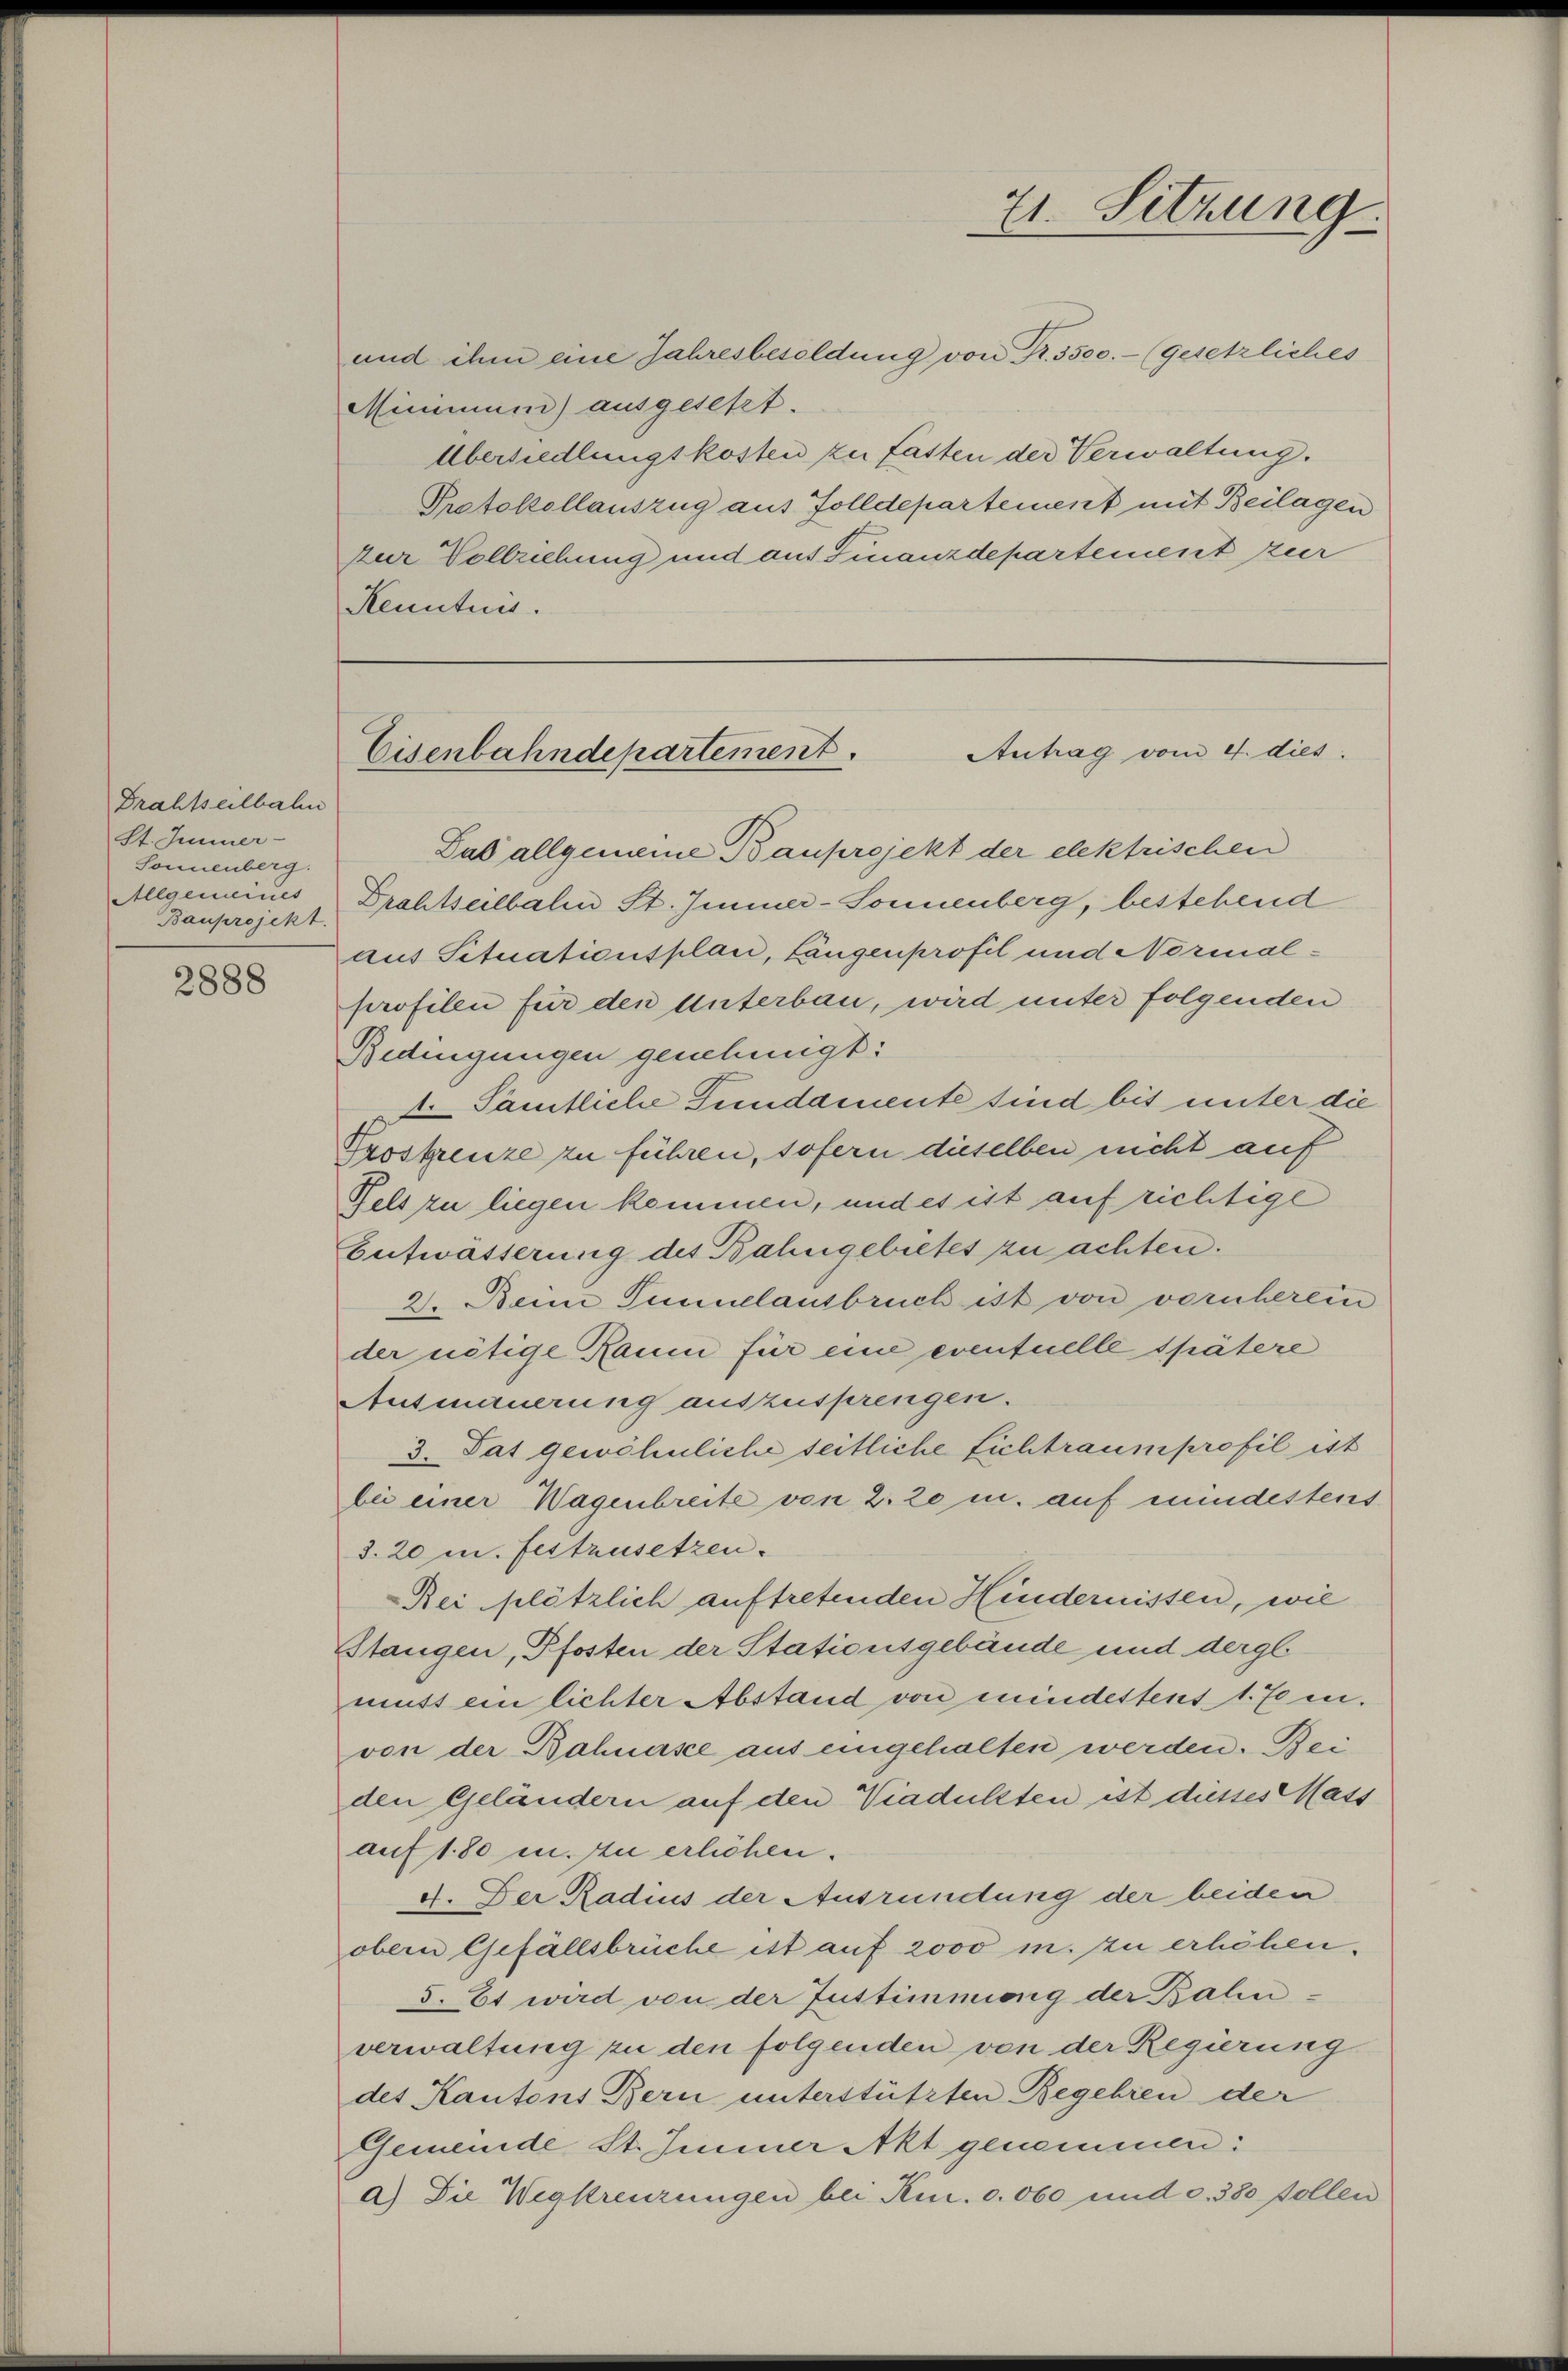
Drahtseilbal
St. Immer-
Sonnenberg.
Allgemeines
Bauprojekt.

2888

und ihm eine Jahresbesoldung von R. 3500.- (gesetzliches
Minimum) ausgesetzt.
Übersiedlungskosten zu fasten der Verwaltung.
Protokollauszug aus Zolldepartement mit Beilagen
zur Vollziehung und aus Finanzdepartement zur
Kenntnis.

Das allgemeine Bauprojekt der elektrischen
Drahtselbalen St. Immer-Sonnenberg, bestehend
aus Situationsplan, Längenprofil und Normalprofilen für den Unterbau, wird unter folgenden
Bedingungen genehmigt:
. Sämtliche Fundamente sind bis unter die
Proskreuze zu führen, sofern dieselben nicht auf
Fels zu liegen kommen, und es ist auf richtige
Eufwässerung des Bahngebietes zu achten.
2. Beim Tumuelansbruch ist von vornherein
der nötige Raum für eine eventuelle spätere
Ausmauerung auszusprengen.
3. Tat gewöhnliche seitliche Lichtraum profil ist
bei einer Wagenbreite von 2. 20 m. auf mindestens
3. 20 u. festzusetzen.
Rei plötzlich auftretenden Hindernissen, wie
Stangen, Pfosten der Stationsgebäude und dergl.
muss ein lichter Abstand von mindestens 1. Es i
von der Bahnase aus eingehalten werden. Bei
den Geländern auf den Viadulten ist diesses Mass
auf 180 m. zu erlichen.
4. Der Radius der Ausründung der beiden
obern Gefällsbrüche ist auf 2000 in zu erhöhen.
5. Et wird von der Justimmung der Balinverwaltung zu den folgenden von der Regierung
des Kantons Bern unterstützten Begehren der
Gemeinde St. Immer Akt genommen:
a) Die Wegkreuzungen bei Kn. 0. 060 und c. 380 follen

71. Setzung

Antrag vom 4. dies
Eisenbahndepartement.